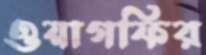
ওয়াগফির